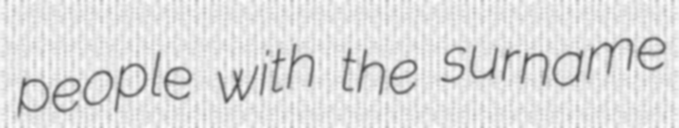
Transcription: people with the surname